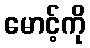
မောင့်ကို